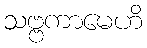
သဗ္ဗကာမေဟိ